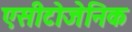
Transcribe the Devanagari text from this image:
एसीटोजेनिक